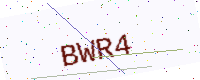
Text: BWR4